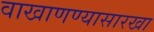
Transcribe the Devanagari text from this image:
वाखाणण्यासारखा